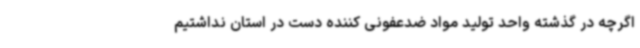
اگرچه در گذشته واحد تولید مواد ضدعفونی کننده دست در استان نداشتیم